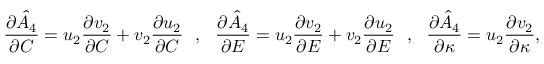
\frac { \partial \hat { A } _ { 4 } } { \partial C } = u _ { 2 } \frac { \partial v _ { 2 } } { \partial C } + v _ { 2 } \frac { \partial u _ { 2 } } { \partial C } ~ ~ , ~ ~ \frac { \partial \hat { A } _ { 4 } } { \partial E } = u _ { 2 } \frac { \partial v _ { 2 } } { \partial E } + v _ { 2 } \frac { \partial u _ { 2 } } { \partial E } ~ ~ , ~ ~ \frac { \partial \hat { A } _ { 4 } } { \partial \kappa } = u _ { 2 } \frac { \partial v _ { 2 } } { \partial \kappa } ,